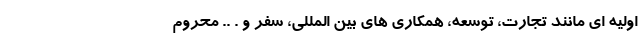
اولیه ای مانند تجارت، توسعه، همکاری های بین المللی، سفر و . .. محروم